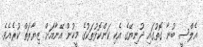
އެލްސީ ބުނާ ގޮތުގައި ދުނިޔޭގެ އެކި ކަންކޮޅުތަކުގެ މީހުން އޭނާއަށް ޒިޔާރަތް ކުރެއެވެ.